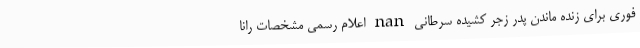
فوری برای زنده ماندن پدر زجر کشیده سرطانی nan اعلام رسمی مشخصات رانا